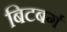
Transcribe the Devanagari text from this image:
बिटबर्ग